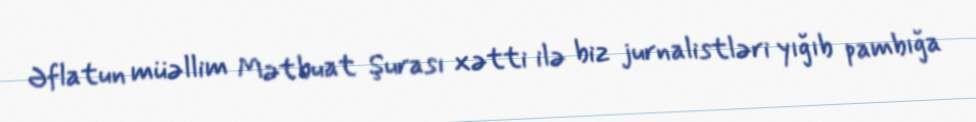
Əflatun müəllim Mətbuat Şurası xətti ilə biz jurnalistləri yığıb pambığa